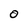
Character: 0